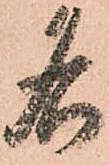
名